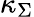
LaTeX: \kappa_{\Sigma}